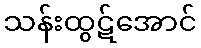
သန်းထွဋ်အောင်